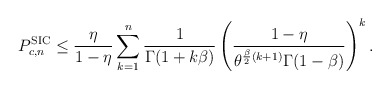
\begin{align*}P_{c,n}^\textnormal{SIC}\leq \frac{\eta}{1-\eta}\sum_{k=1}^n \frac{1}{\Gamma(1+k\beta)}\left(\frac{1-\eta}{\theta^{\frac{\beta}{2}(k+1)}\Gamma(1-\beta)}\right)^k.\end{align*}